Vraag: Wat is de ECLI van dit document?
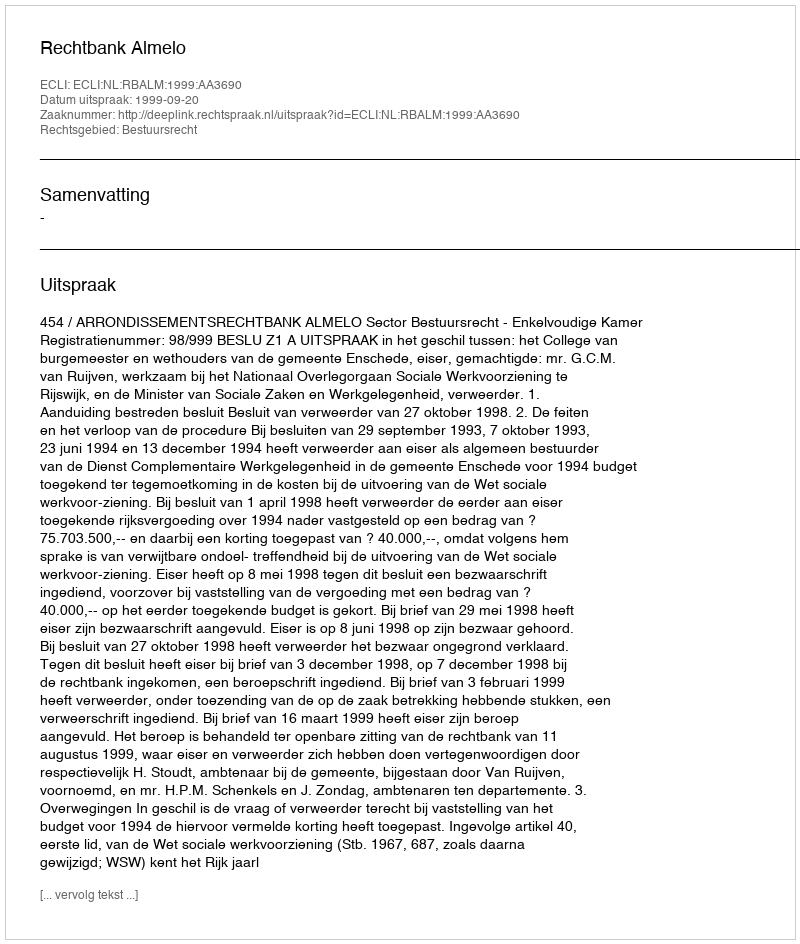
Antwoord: ECLI:NL:RBALM:1999:AA3690